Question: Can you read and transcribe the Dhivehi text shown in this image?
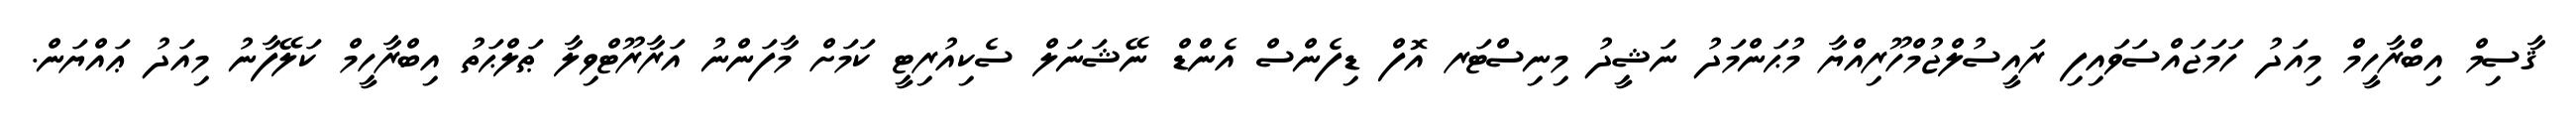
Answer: ޤާސިމް އިބްރާހީމް މިއަދު ހަމަޖައްސަވައިފި ރައީސުލްޖުމްހޫރިއްޔާ މުޙަންމަދު ނަޝީދު މިނިސްޓަރ އޮފް ޑިފެންސް އެންޑް ނޭޝަނަލް ސެކިއުރިޓީ ކަމަށް މާފަންނު އަރާރޫޓްވިލާ ޠަލްޙަތު އިބްރާހީމް ކަލޭފާނު މިއަދު ޢައްޔަން.